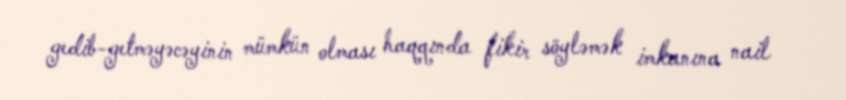
gedib-getməyəcəyinin mümkün olması haqqında fikir söyləmək imkanına nail